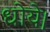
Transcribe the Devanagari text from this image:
धोये।